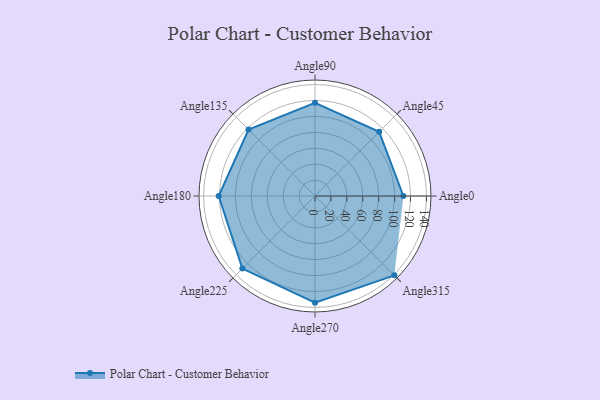
{"axis": {"x": "Angle", "y": "Radius"}, "legend": [""], "data": [{"x": "Angle0", "y": 111.0, "type": ""}, {"x": "Angle45", "y": 114.0, "type": ""}, {"x": "Angle90", "y": 117.0, "type": ""}, {"x": "Angle135", "y": 118.0, "type": ""}, {"x": "Angle180", "y": 121.0, "type": ""}, {"x": "Angle225", "y": 129.0, "type": ""}, {"x": "Angle270", "y": 134.0, "type": ""}, {"x": "Angle315", "y": 141.0, "type": ""}]}